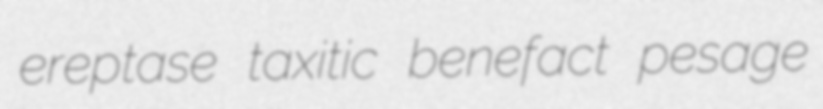
ereptase taxitic benefact pesage